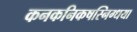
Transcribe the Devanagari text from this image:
कनकनिकषस्निग्धया